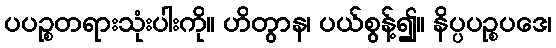
ပပဉ္စတရားသုံးပါးကို။ ဟိတွာန၊ ပယ်စွန့်၍။ နိပ္ပပဉ္စပဒေ၊